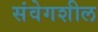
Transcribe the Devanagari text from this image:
संवेगशील